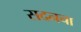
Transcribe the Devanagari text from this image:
सदनचा